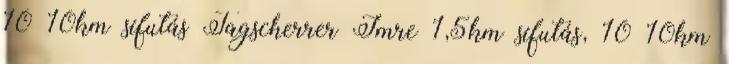
10 10km sífutás Tagscherrer Imre 1,5km sífutás, 10 10km